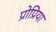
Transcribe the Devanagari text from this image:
प्रोप्रिया